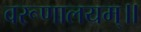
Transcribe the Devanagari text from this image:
वरूणालयम्॥